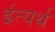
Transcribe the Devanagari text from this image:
ईत्यर्थ